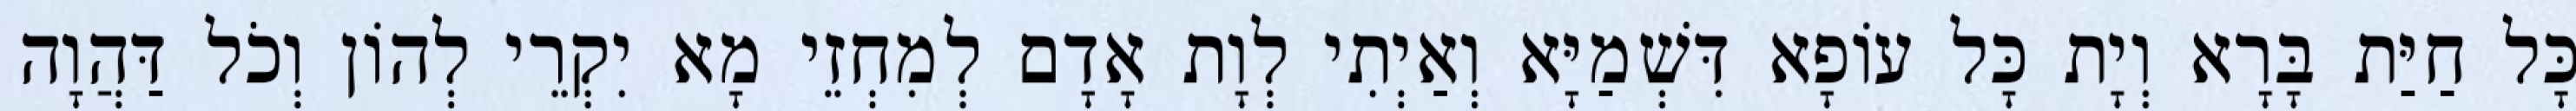
כָּל חַיַּת בָּרָא וְיָת כָּל עוֹפָא דִּשְׁמַיָּא וְאַיְתִי לְוָת אָדָם לְמִחְזֵי מָא יִקְרֵי לְהוֹן וְכֹל דַּהֲוָה